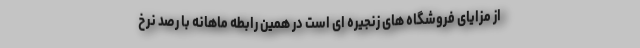
از مزایای فروشگاه های زنجیره ای است در همین رابطه ماهانه با رصد نرخ